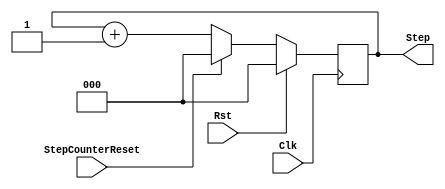
`timescale 1ns / 1ps

module StepCounter (
    input Clk,
    input Rst,
    output [2:0]Step,
    input StepCounterReset
    );
    reg [2:0]Counter_d,Counter_q = 3'b0;

    assign Step = Counter_q;

    always @ (*) begin
        Counter_d = Counter_q + 1'b1;  //increase the counter by 1
    end

    always @ (posedge Clk) begin
        if(Rst)begin                     //if reset is high
          Counter_q <= 3'b0;              //set the counter to zero
        end else if(StepCounterReset)begin
          Counter_q <= 3'b0;              //set the counter to zero
        end else begin
          Counter_q <= Counter_d;
        end
    end
endmodule